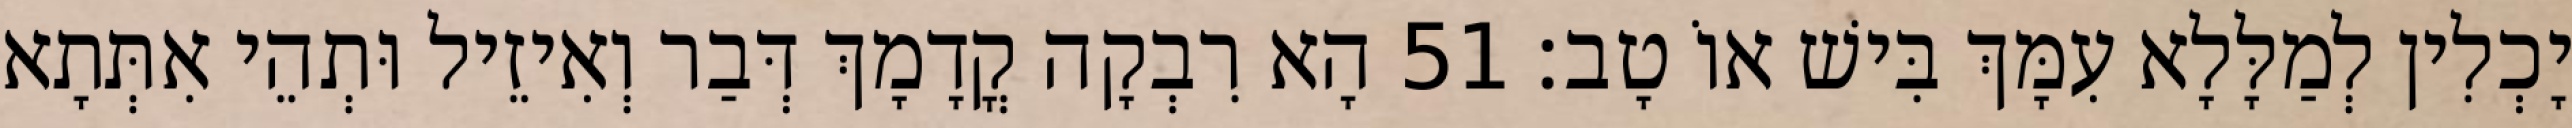
יָכְלִין לְמַלָּלָא עִמָּךְ בִּישׁ אוֹ טָב׃ 51 הָא רִבְקָה קֳדָמָךְ דְּבַר וְאִיזֵיל וּתְהֵי אִתְּתָא